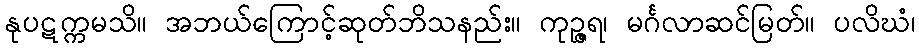
နုပဋက္ကမသိ။ အဘယ်ကြောင့်ဆုတ်ဘိသနည်း။ ကုဉ္ဇရ၊ မင်္ဂလာဆင်မြတ်။ ပလိဃံ၊